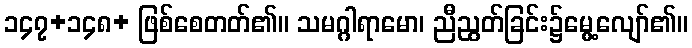
၁၄၇+၁၄၈+ ဖြစ်စေတတ်၏။ သမဂ္ဂါရာမော၊ ညီညွတ်ခြင်း၌မွေ့လျော်၏။